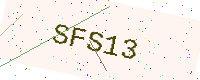
Text: SFS13